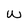
Character: W